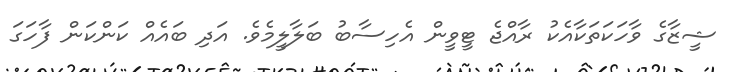
ޝީޒާގެ ވާހަކަތަކާއެކު ރާއްޖެ ޓީވީން އެހިސާބު ބަލާލީމެވެ. އަދި ބައެއް ކަންކަން ފާހަގަ